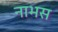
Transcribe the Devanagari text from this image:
नाभस